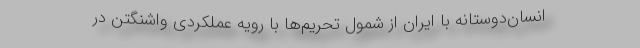
انسان‌دوستانه با ایران از شمول تحریم‌ها با رویه عملکردی واشنگتن در